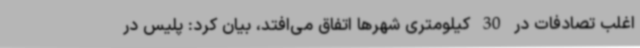
اغلب تصادفات در 30 کیلومتری شهرها اتفاق می‌افتد، بیان کرد: پلیس در